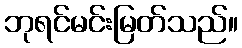
ဘုရင်မင်းမြတ်သည်။